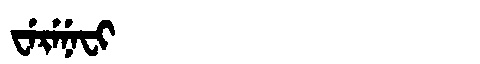
Manchu: ᠸᡝᡵᡝᠨᡝᠸᡳ
Romanization: WERENEFI